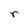
Character: r